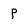
Character: p